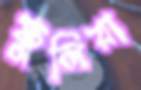
ফুলিয়া